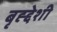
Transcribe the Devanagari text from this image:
बृह्द्देशी